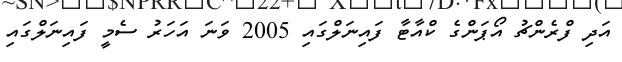
އަދި ފްރެންޗު އޯޕަންގެ ކްއާޓާ ފައިނަލްގައި 2005 ވަނަ އަހަރު ސެމީ ފައިނަލްގައި